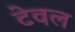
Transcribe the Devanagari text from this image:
टेवल